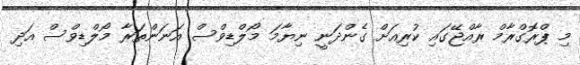
މި ޕްރޮގްރާމް ރާއްޖޭގައި ކުރިއަށް ގެންދަނީ ނިޔާމަ މޯލްޑިވްސް އަނަންތަރާ މޯލްޑިވްސް އަދި